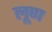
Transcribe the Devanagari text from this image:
लूण